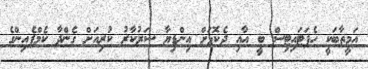
އަަމީތާބަކީ ހެޕަޓައިޓިސް ބީ އާއި ދެކޮޅަށް އިންޑިޔާ ސަރުކާރު ކުރިއަށް ގެންދާ ކެމްޕެއިންގެ